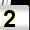
Digit: 2